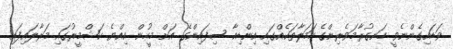
ވަޑައިގެންނެވީ ހަނގުރާމަވެރިންގެ ހަމަލާތަކެއްގައި އިންޑިއާ ސިފައިންގެ އަށް މީހުން އިއްޔެ ކަޝްމީރުގައި މަރާލައިފައި